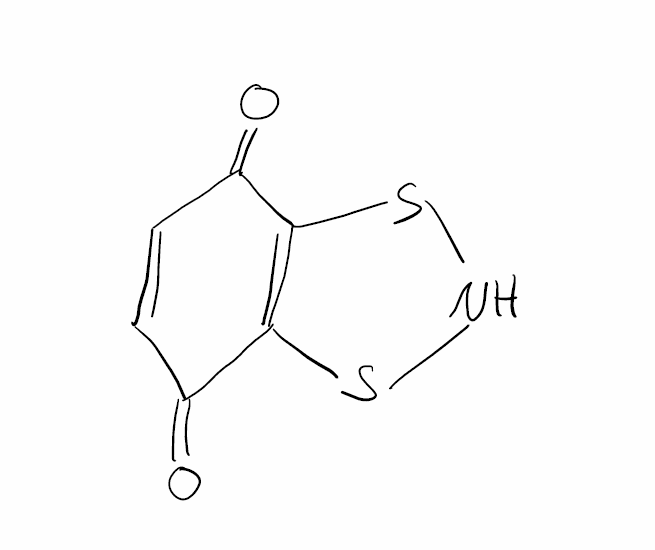
Simplified molecular-input line-entry system (SMILES) notation of the given molecule:
C1=CC(=O)C2=C(C1=O)SNS2